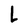
Character: L